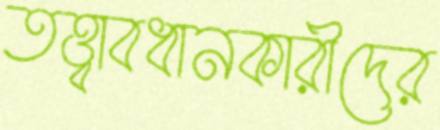
তত্ত্বাবধানকারীদের